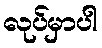
လုပ်မှာပါ